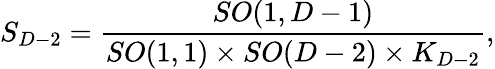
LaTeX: S_{D-2}={\frac{SO(1,D-1)}{SO(1,1)\times SO(D-2)\times K_{D-2}}},